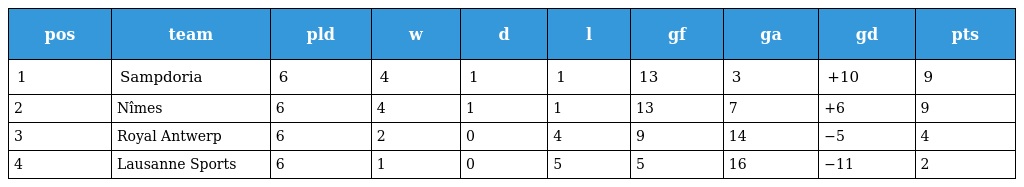
| pos | team | pld | w | d | l | gf | ga | gd | pts |
 | --- | --- | --- | --- | --- | --- | --- | --- | --- | --- |
 | 1 | Sampdoria | 6 | 4 | 1 | 1 | 13 | 3 | +10 | 9 |
 | 2 | Nîmes | 6 | 4 | 1 | 1 | 13 | 7 | +6 | 9 |
 | 3 | Royal Antwerp | 6 | 2 | 0 | 4 | 9 | 14 | −5 | 4 |
 | 4 | Lausanne Sports | 6 | 1 | 0 | 5 | 5 | 16 | −11 | 2 |